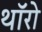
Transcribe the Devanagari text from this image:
थॉरो